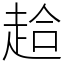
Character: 䞩